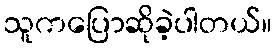
သူကပြောဆိုခဲ့ပါတယ်။